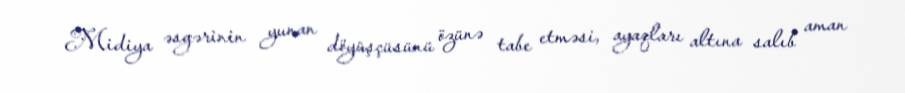
Midiya əsgərinin yunan döyüşçüsünü özünə tabe etməsi, ayaqları altına salıb aman